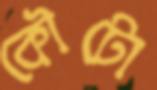
কৌটো